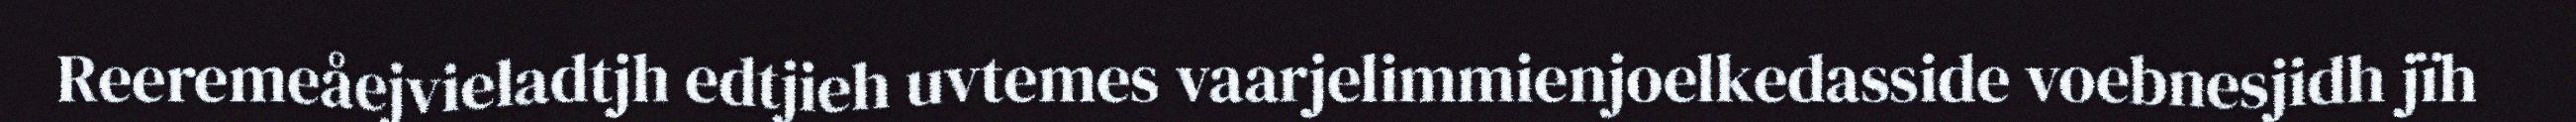
Reeremeåejvieladtjh edtjieh uvtemes vaarjelimmienjoelkedasside voebnesjidh jïh